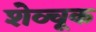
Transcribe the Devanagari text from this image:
शेव्चूक